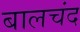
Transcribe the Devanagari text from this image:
बालचंद